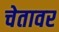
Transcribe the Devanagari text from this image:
चेतावर